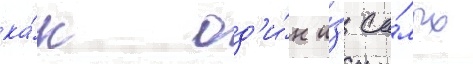
ка́к од'и́н и́з са́мых